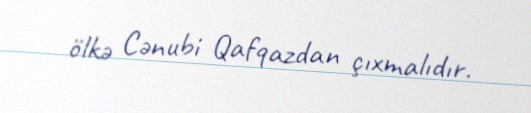
ölkə Cənubi Qafqazdan çıxmalıdır.